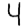
Digit: 4